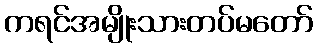
ကရင်အမျိုးသားတပ်မတော်